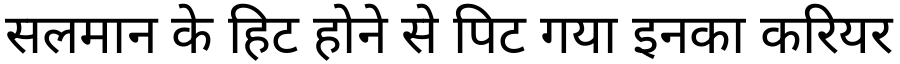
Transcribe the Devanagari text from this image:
सलमान के हिट होने से पिट गया इनका करियर